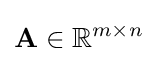
\mathbf {A} \in \mathbb {R} ^{m\times n}